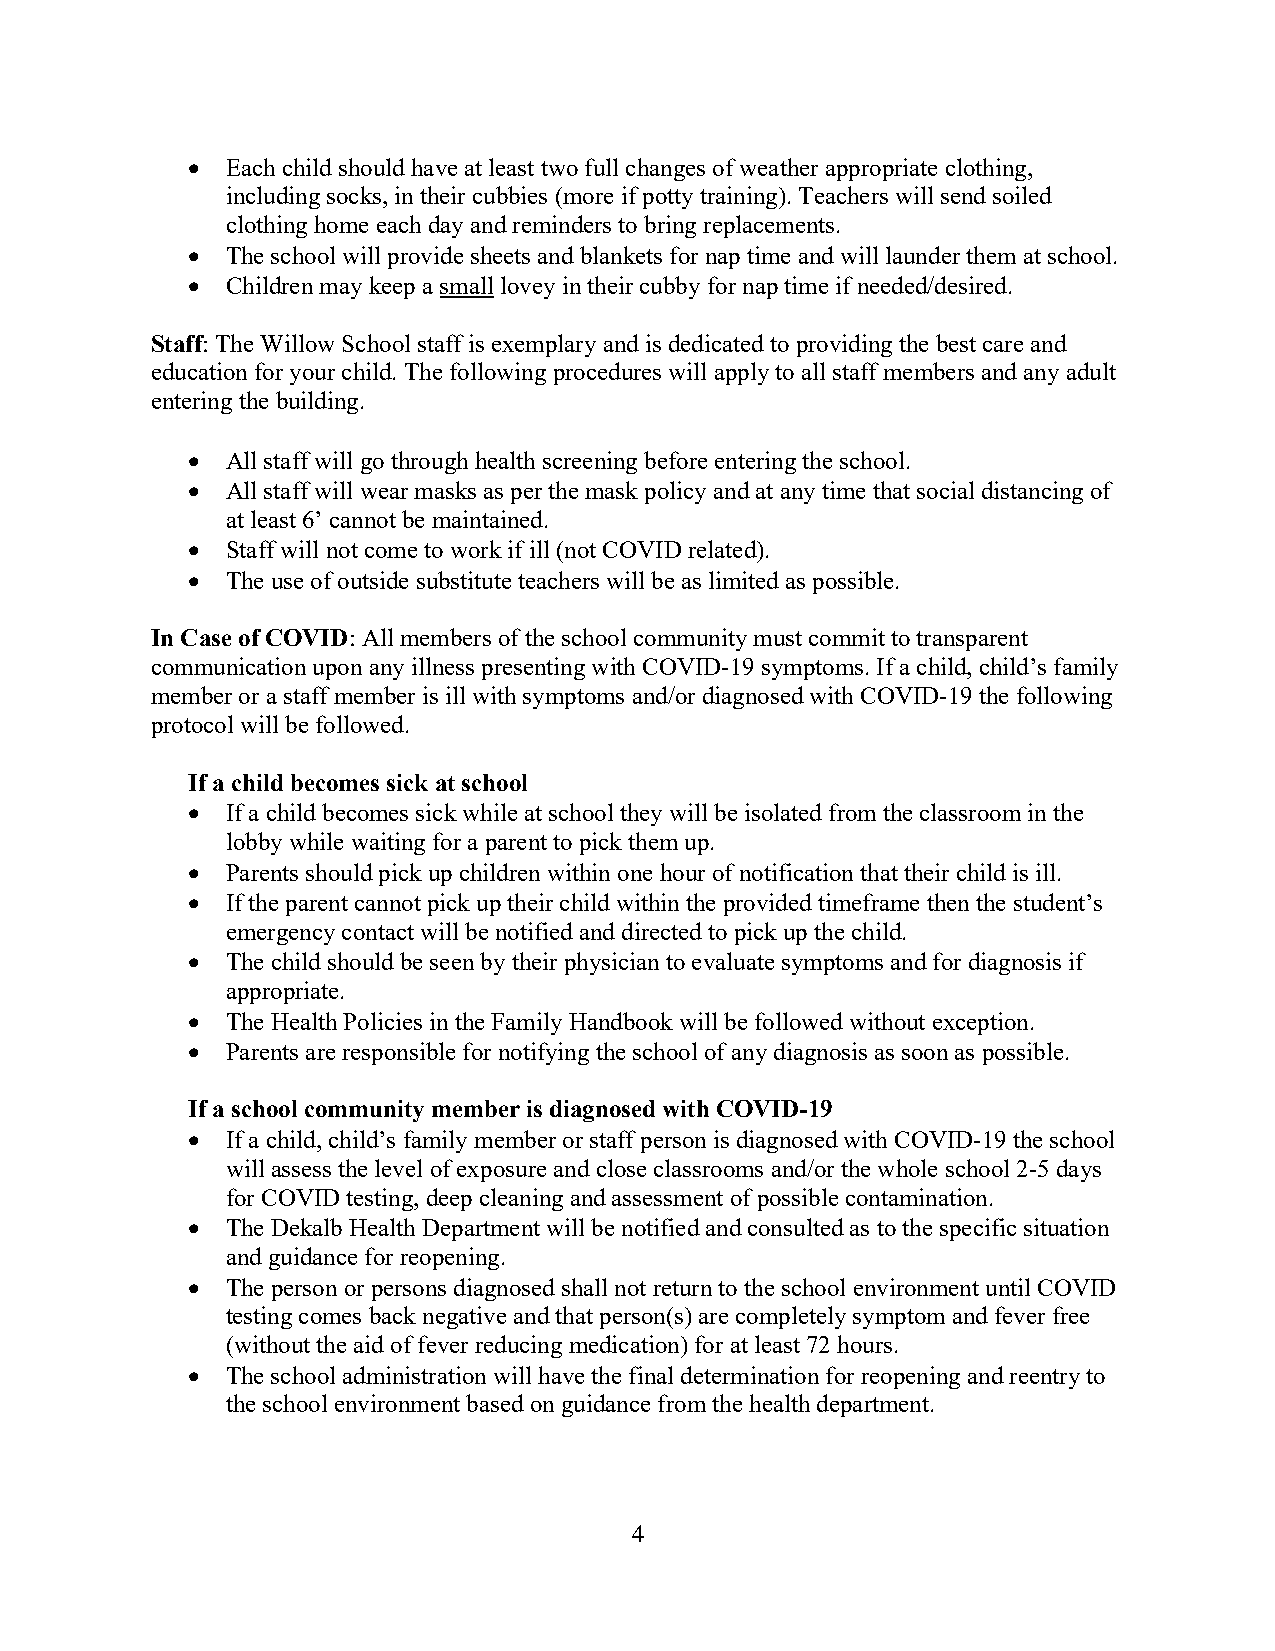
•  Each child should have at least two full changes of weather appropriate clothing,
 including socks, in their cubbies (more if potty training). Teachers will send soiled
 clothing home each day and reminders to bring replacements.
 •  The school will provide sheets and blankets for nap time and will launder them at school.
 •  Children may keep a small lovey in their cubby for nap time if needed/desired.
 Staff: The Willow School staff is exemplary and is dedicated to providing the best care and
 education for your child. The following procedures will apply to all staff members and any adult
 entering the building.
 •  All staff will go through health screening before entering the school.
 •  All staff will wear masks as per the mask policy and at any time that social distancing of
 at least 6’ cannot be maintained.
 •  Staff will not come to work if ill (not COVID related).
 •  The use of outside substitute teachers will be as limited as possible.
 In Case of COVID: All members of the school community must commit to transparent
 communication upon any illness presenting with COVID-19 symptoms. If a child, child’s family
 member or a staff member is ill with symptoms and/or diagnosed with COVID-19 the following
 protocol will be followed.
 If a child becomes sick at school
 •  If a child becomes sick while at school they will be isolated from the classroom in the
 lobby while waiting for a parent to pick them up.
 •  Parents should pick up children within one hour of notification that their child is ill.
 •  If the parent cannot pick up their child within the provided timeframe then the student’s
 emergency contact will be notified and directed to pick up the child.
 •  The child should be seen by their physician to evaluate symptoms and for diagnosis if
 appropriate.
 •  The Health Policies in the Family Handbook will be followed without exception.
 •  Parents are responsible for notifying the school of any diagnosis as soon as possible.
 If a school community member is diagnosed with COVID-19
 •  If a child, child’s family member or staff person is diagnosed with COVID-19 the school
 will assess the level of exposure and close classrooms and/or the whole school 2-5 days
 for COVID testing, deep cleaning and assessment of possible contamination.
 •  The Dekalb Health Department will be notified and consulted as to the specific situation
 and guidance for reopening.
 •  The person or persons diagnosed shall not return to the school environment until COVID
 testing comes back negative and that person(s) are completely symptom and fever free
 (without the aid of fever reducing medication) for at least 72 hours.
 •  The school administration will have the final determination for reopening and reentry to
 the school environment based on guidance from the health department.
 4